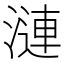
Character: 漣